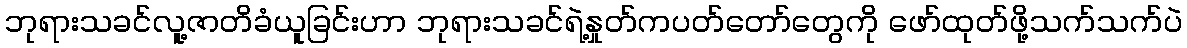
ဘုရားသခင်လူ့ဇာတိခံယူခြင်းဟာ ဘုရားသခင်ရဲ့နှုတ်ကပတ်တော်တွေကို ဖော်ထုတ်ဖို့သက်သက်ပဲ